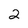
Character: 2